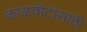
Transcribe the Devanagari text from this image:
काळवीटांसाठी